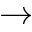
\rightarrow